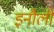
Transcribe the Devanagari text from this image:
इनौली